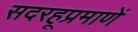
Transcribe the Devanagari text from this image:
सदरहूप्रमाणें